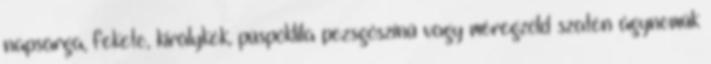
napsárga, fekete, királykék, püspöklila pezsgőszínű vagy méregzöld szatén ágyneműk